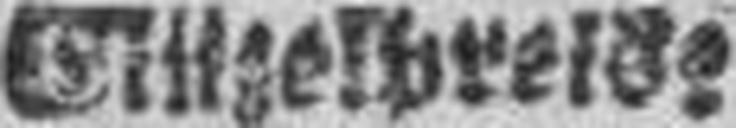
Eittzelbreide